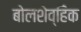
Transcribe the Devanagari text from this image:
बोलशेव्हिक